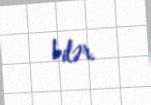
bilər.